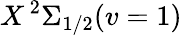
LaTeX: X\, ^{2}\Sigma_{1/2}(v=1)